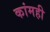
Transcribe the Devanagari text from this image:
कांमही